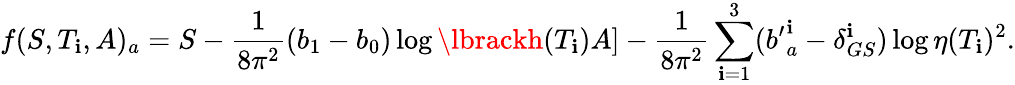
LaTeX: f(S,T_{\mathbf{i}},A)_{a}=S-{\frac{{1}}{{8\pi^{2}}}}(b_{1}-b_{0})\log\lbrackh(T_{\mathbf{i}})A\rbrack-{\frac{{1}}{{8\pi^{2}}}}\sum_{\mathbf{i}=1}^{3}({b^{\prime}}_{a}^{\mathbf{i}}-\delta_{GS}^{\mathbf{i}})\log\eta(T_{\mathbf{i}})^{2}{}.